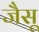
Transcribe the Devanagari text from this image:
जैसू